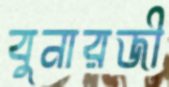
বুনারজী